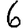
Digit: 6